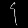
Digit: ၄